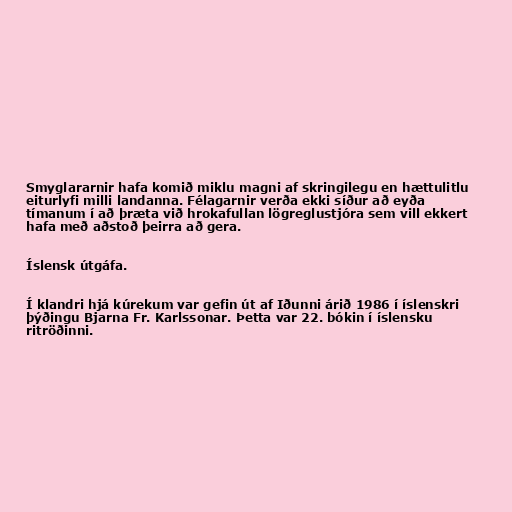
Smyglararnir hafa komið miklu magni af skringilegu en hættulitlu
eiturlyfi milli landanna. Félagarnir verða ekki síður að eyða
tímanum í að þræta við hrokafullan lögreglustjóra sem vill ekkert
hafa með aðstoð þeirra að gera.

Íslensk útgáfa.

Í klandri hjá kúrekum var gefin út af Iðunni árið 1986 í íslenskri
þýðingu Bjarna Fr. Karlssonar. Þetta var 22. bókin í íslensku
ritröðinni.